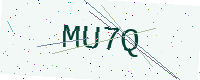
Text: MU7Q